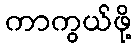
ကာကွယ်ဖို့